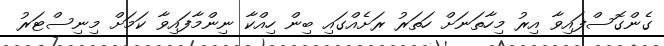
ގެންގޮސްފައިވާ އިރު މިހާތަނަށް ހަތަރު ރަށެއްގައި ބިން ހިއްކާ ނިންމާފައިވާ ކަމަށް މިނިސްޓަރު